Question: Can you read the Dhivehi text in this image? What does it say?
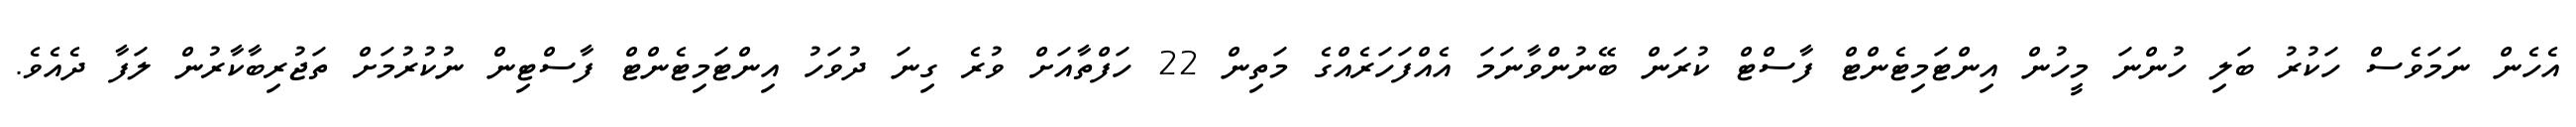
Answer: އެހެން ނަމަވެސް ހަކުރު ބަލި ހުންނަ މީހުން އިންޓަމިޓެންޓް ފާސްޓް ކުރަން ބޭނުންވާނަމަ އެއްފަހަރެއްގެ މަތިން 22 ހަފްތާއަށް ވުރެ ގިނަ ދުވަހު އިންޓަމިޓެންޓް ފާސްޓިން ނުކުރުމަށް ތަޖުރިބާކާރުން ލަފާ ދެއެވެ.